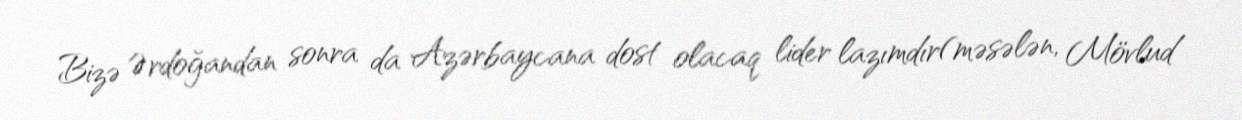
Bizə Ərdoğandan sonra da Azərbaycana dost olacaq lider lazımdır(məsələn, Mövlud